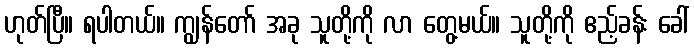
ဟုတ်ပြီ။ ရပါတယ်။ ကျွန်တော် အခု သူတို့ကို လာ တွေ့မယ်။ သူတို့ကို ဧည့်ခန်း ခေါ်